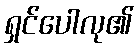
ရှင်ပေါလု၏